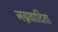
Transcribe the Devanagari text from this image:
नग्नवादिता